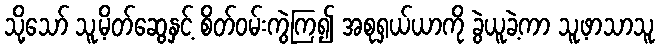
သို့သော် သူ့မိတ်ဆွေနှင့် စိတ်ဝမ်းကွဲကြ၍ အစုရှယ်ယာကို ခွဲယူခဲ့ကာ သူ့ဖာသာသူ